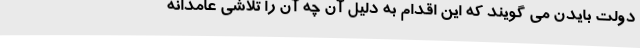
دولت بایدن می گویند که این اقدام به دلیل آن چه آن را تلاشی عامدانه